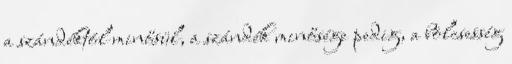
a szándéktól minősül, a szándék minősége pedig, a bölcsesség